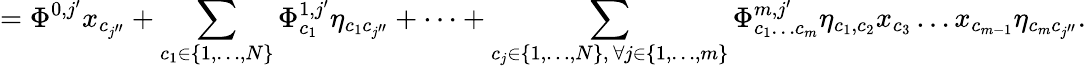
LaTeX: =\Phi^{0,j^{\prime}}x_{c_{j^{\prime\prime}}}+\sum_{\substack{c_{1}\in\{ 1,\dots,N\} }}\Phi_{c_{1}}^{1,j^{\prime}}\eta_{c_{1}c_{j^{\prime\prime}}}+\dots+\sum_{\substack{c_{j}\in\{ 1,\dots,N\} ,\, \forall j\in\{ 1,\dots,m\} }}\Phi_{c_{1}\dots c_{m}}^{m,j^{\prime}}\eta_{c_{1},c_{2}}x_{c_{3}}\dots x_{c_{m-1}}\eta_{c_{m}c_{j^{\prime\prime}}}.